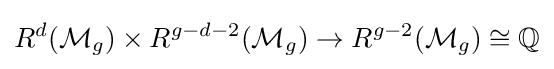
R^{d}({\mathcal {M}}_{g})\times R^{g-d-2}({\mathcal {M}}_{g})\to R^{g-2}({\mathcal {M}}_{g})\cong \mathbb {Q}